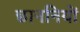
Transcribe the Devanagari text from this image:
छाननियों